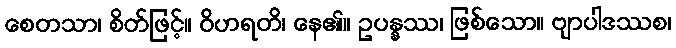
စေတသာ၊ စိတ်ဖြင့်။ ဝိဟရတိ၊ နေ၏။ ဥပန္နဿ၊ ဖြစ်သော။ ဗျာပါဒဿစ၊